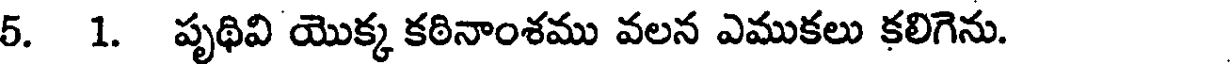
5. 1. పృథివి యొక్క కఠినాంశము వలన ఎముకలు కలిగెను.